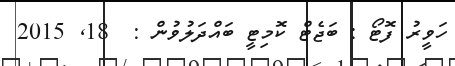
ހަވީރު ފޮޓޯ : ބަޖެޓް ކޮމިޓީ ބައްދަލުވުން :  18